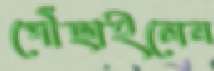
পৌঁছাইলেন